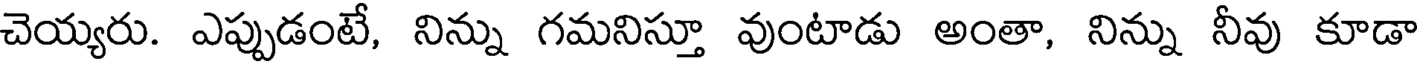
చెయ్యరు. ఎప్పుడంటే, నిన్ను గమనిస్తూ వుంటాడు అంతా, నిన్ను నీవు కూడా